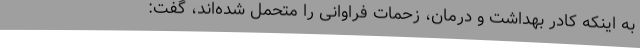
به اینکه کادر بهداشت و درمان، زحمات فراوانی را متحمل شده‌اند، گفت: